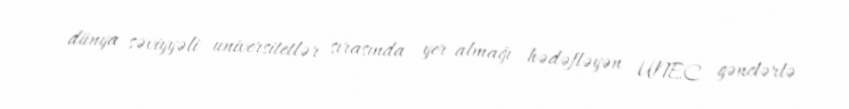
dünya səviyyəli universitetlər sırasında yer almağı hədəfləyən UNEC gənclərlə